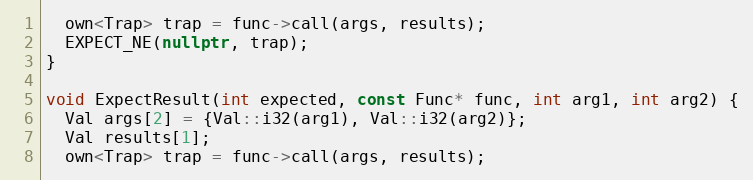
Language: C++
  own<Trap> trap = func->call(args, results);
  EXPECT_NE(nullptr, trap);
}

void ExpectResult(int expected, const Func* func, int arg1, int arg2) {
  Val args[2] = {Val::i32(arg1), Val::i32(arg2)};
  Val results[1];
  own<Trap> trap = func->call(args, results);